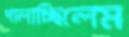
পালাচ্ছিলেম